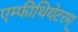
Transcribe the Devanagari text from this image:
एम्फीथियेटरम्